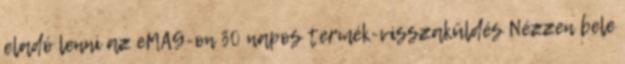
eladó lenni az eMAG-on 30 napos termék-visszaküldés Nézzen bele